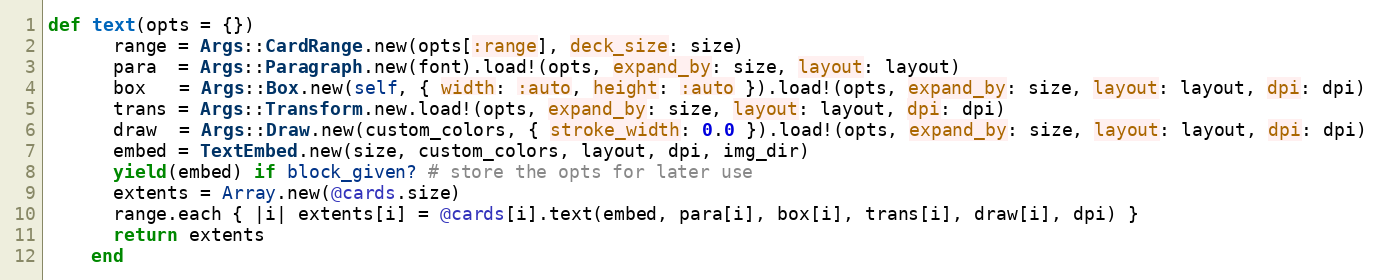
Language: Ruby
def text(opts = {})
      range = Args::CardRange.new(opts[:range], deck_size: size)
      para  = Args::Paragraph.new(font).load!(opts, expand_by: size, layout: layout)
      box   = Args::Box.new(self, { width: :auto, height: :auto }).load!(opts, expand_by: size, layout: layout, dpi: dpi)
      trans = Args::Transform.new.load!(opts, expand_by: size, layout: layout, dpi: dpi)
      draw  = Args::Draw.new(custom_colors, { stroke_width: 0.0 }).load!(opts, expand_by: size, layout: layout, dpi: dpi)
      embed = TextEmbed.new(size, custom_colors, layout, dpi, img_dir)
      yield(embed) if block_given? # store the opts for later use
      extents = Array.new(@cards.size)
      range.each { |i| extents[i] = @cards[i].text(embed, para[i], box[i], trans[i], draw[i], dpi) }
      return extents
    end